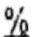
%